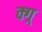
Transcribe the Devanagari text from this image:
क्ग्र्